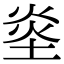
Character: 烾